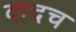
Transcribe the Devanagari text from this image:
वादच